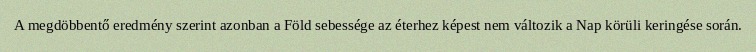
A megdöbbentő eredmény szerint azonban a Föld sebessége az éterhez képest nem változik a Nap körüli keringése során.